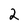
Character: 2